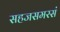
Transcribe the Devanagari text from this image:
सहजसमरसं